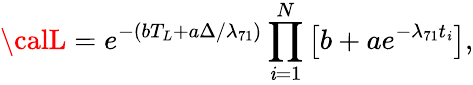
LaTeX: {\calL}=e^{-(bT_{L}+a\Delta/\lambda_{71})}\prod_{\mathit{i}=1}^{N}\left[b+ae^{-\lambda_{71}t_{\mathit{i}}}\right],